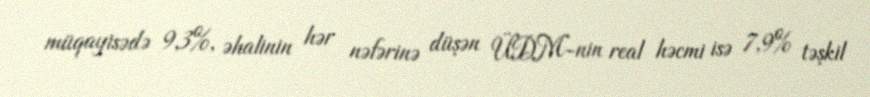
müqayisədə 9,3%, əhalinin hər nəfərinə düşən ÜDM-nin real həcmi isə 7,9% təşkil